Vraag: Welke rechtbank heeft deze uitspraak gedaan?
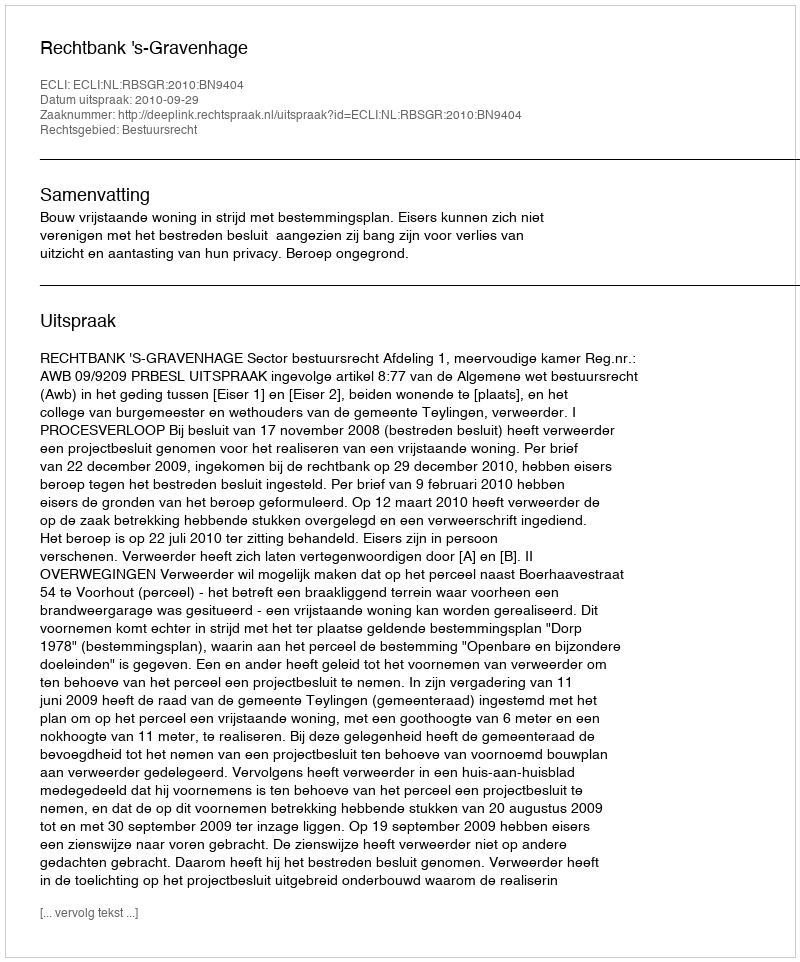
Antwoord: Rechtbank 's-Gravenhage